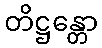
တိဋ္ဌန္တော